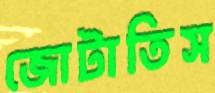
জোটাতিস